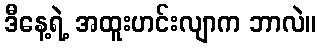
ဒီနေ့ရဲ့ အထူးဟင်းလျာက ဘာလဲ။